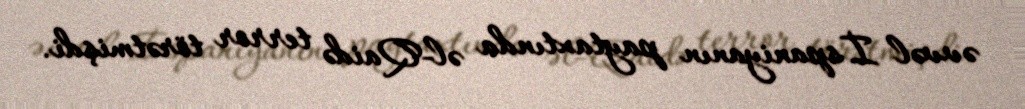
əvvəl İspaniyanın paytaxtında əl-Qaidə terror törətmişdi.